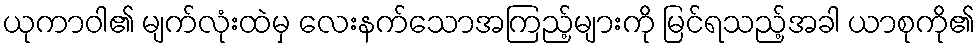
ယုကာဝါ၏ မျက်လုံးထဲမှ လေးနက်သောအကြည့်များကို မြင်ရသည့်အခါ ယာစုကို၏